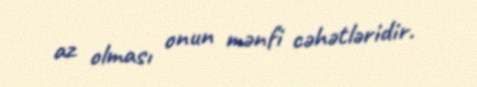
az olması onun mənfi cəhətləridir.